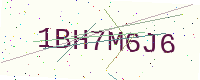
Text: 1BH7M6J6